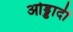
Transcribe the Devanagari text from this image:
ओड्डादी